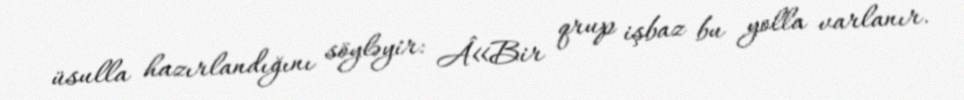
üsulla hazırlandığını söyləyir: Â«Bir qrup işbaz bu yolla varlanır.